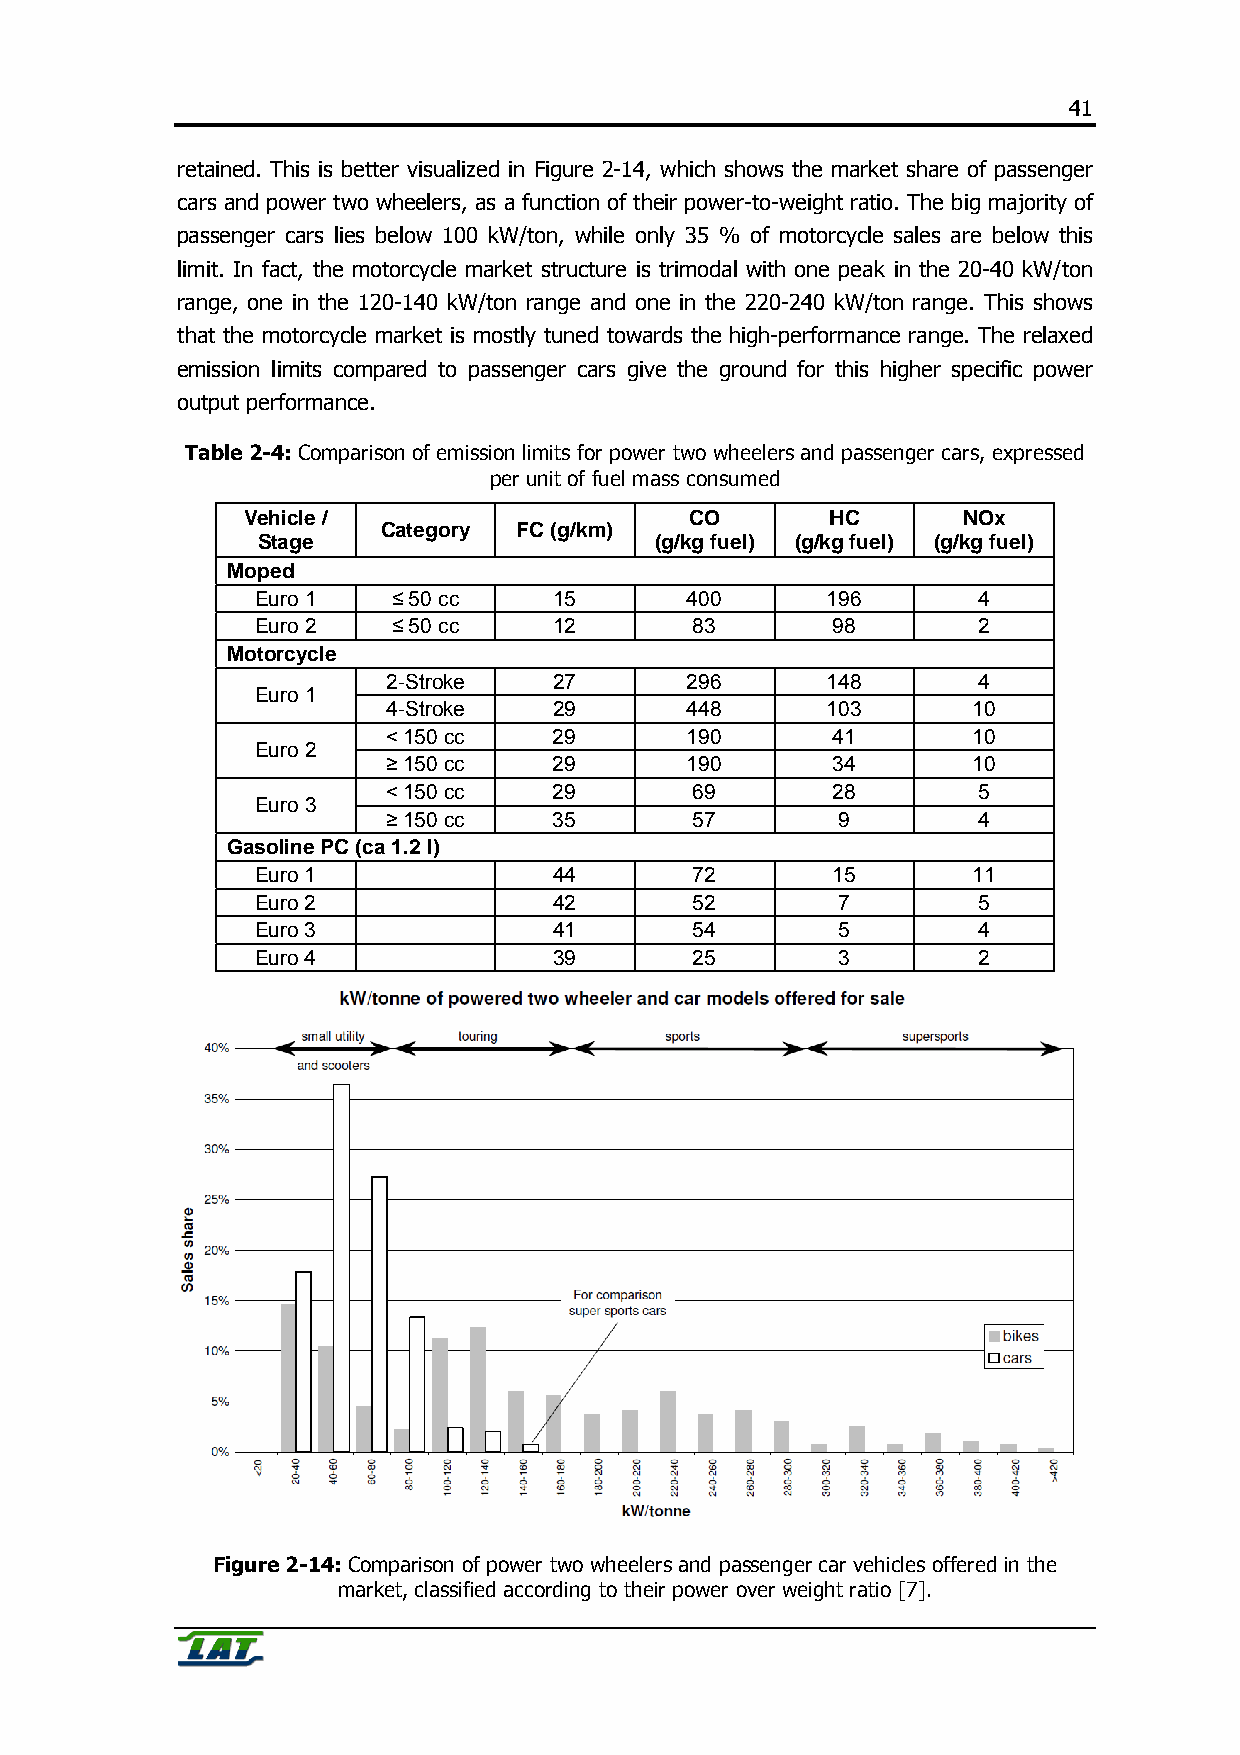
41
 retained. This is better visualized in Figure 2-14, which shows the market share of passenger
 cars and power two wheelers, as a function of their power-to-weight ratio. The big majority of
 passenger cars lies below 100 kW/ton, while only 35 % of motorcycle sales are below this
 limit. In fact, the motorcycle market structure is trimodal with one peak in the 20-40 kW/ton
 range, one in the 120-140 kW/ton range and one in the 220-240 kW/ton range. This shows
 that the motorcycle market is mostly tuned towards the high-performance range. The relaxed
 emission limits compared to passenger cars give the ground for this higher specific power
 output performance.
 Table 2-4: Comparison of emission limits for power two wheelers and passenger cars, expressed
 per unit of fuel mass consumed
 Vehicle /                     CO       HC       NOx
 Category FC (g/km)
 Stage                     (g/kg fuel) (g/kg fuel) (g/kg fuel)
 Moped
 Euro 1   ≤ 50 cc    15       400      196       4
 Euro 2   ≤ 50 cc    12       83       98        2
 Motorcycle
 2-Stroke   27       296      148       4
 Euro 1
 4-Stroke   29       448      103      10
 < 150 cc   29      190       41       10
 Euro 2
 ≥ 150 cc   29      190       34       10
 < 150 cc   29       69       28        5
 Euro 3
 ≥ 150 cc   35       57        9        4
 Gasoline PC (ca 1.2 l)
 Euro 1              44       72       15       11
 Euro 2              42       52        7        5
 Euro 3              41       54        5        4
 Euro 4              39       25        3        2
 Figure 2-14: Comparison of power two wheelers and passenger car vehicles offered in the
 market, classified according to their power over weight ratio [7].